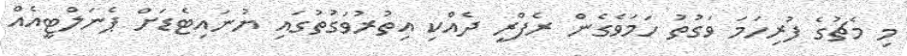
މި މެޗުގެ ފުރިހަމަ ވަގުތު ހަމަވެގެން ރެފްރީ ދެއްކި އިިތުރުވަގުތުގައި ޔުނައިޓެޑަށް ޕެނަލްޓީއެއް